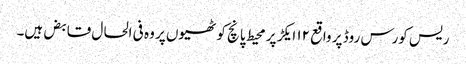
ریس کورس روڈ پر واقع ۱۲ ایکڑ پر محیط پانچ کوٹھیوں پر وہ فی الحال قابض ہیں۔